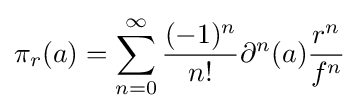
\pi _{r}(a)=\sum _{n=0}^{\infty }{\frac {(-1)^{n}}{n!}}\partial ^{n}(a){\frac {r^{n}}{f^{n}}}